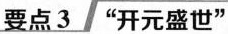
要点3”开元盛世”